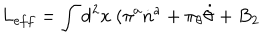
L _ { e f f } = \int \mathrm { d } ^ { 2 } x ~ ( \pi ^ { a } \dot { n } ^ { a } + \pi _ { \theta } \dot { \theta } + B _ { 2 }